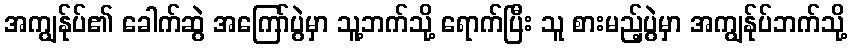
အကျွန်ုပ်၏ ခေါက်ဆွဲ အကြော်ပွဲမှာ သူ့ဘက်သို့ ရောက်ပြီး သူ စားမည့်ပွဲမှာ အကျွန်ုပ်ဘက်သို့